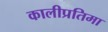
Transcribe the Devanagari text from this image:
कालीप्रतिमा